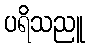
ပရိသညူ